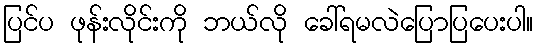
ပြင်ပ ဖုန်းလိုင်းကို ဘယ်လို ခေါ်ရမလဲပြောပြပေးပါ။